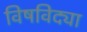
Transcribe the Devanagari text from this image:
विषविद्या